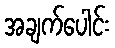
အချက်ပေါင်း